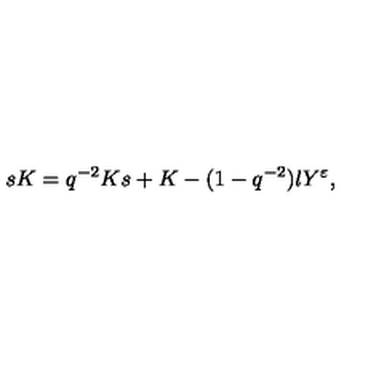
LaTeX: s K = q ^ { - 2 } K s + K - ( 1 - q ^ { - 2 } ) l Y ^ { \varepsilon } ,